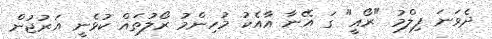
ދެވަނަ ފިލްމު "ރޯއީ" ގަ އޭނާ އާއެކު މުހިންމު ރޯލުތައް ކުޅެނީ އަރުޖުން